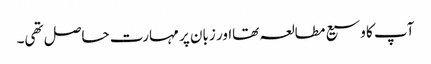
آپ کا وسیع مطالعہ تھااور زبان پر مہارت حاصل تھی۔